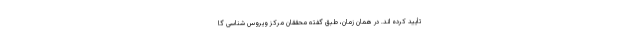
تأیید کرده اند. در همان زمان، طبق گفته محققان مرکز ویروس شناسی گا